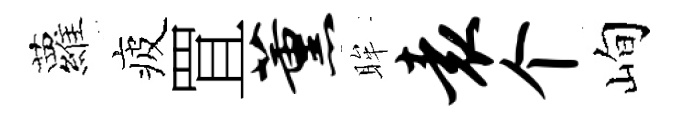
蘿疲罝薰眸袁个峋